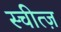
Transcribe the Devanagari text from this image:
स्चीत्ज़